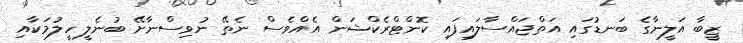
ޒީބާ އަލީނާގެ ބަނޑުގައި އަތްޖައްސާލައިފައި ކޮންޓްރެކްޝަން އެއްވެސް ނެތޭ ނުވިސްނާށޭ ބުނެލީ ހީލުމަކާއި